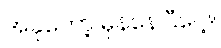
အခုတော့ မှန်နေပြီပေါ့။